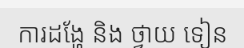
ការដង្ហែ និង ថ្វាយ ទៀន